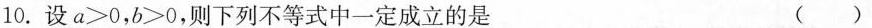
10.设$$a > 0$$，$$b > 0$$，则下列不等式中一定成立的是 ( )